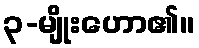
၃-မျိုးဟော၏။